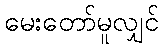
မေးတော်မူလျှင်